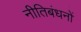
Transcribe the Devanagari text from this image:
नीतिबंधनों